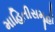
માહિતીસમૂહો